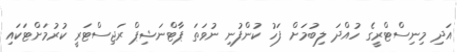
އަދި މިނިސްޓްރީގެ ހުއްދަ ލިބުމަށް ފަހު ކުންފުނި ނުވަތަ ޕާޓްނަޝިޕް ރަޖިސްޓަރީ ކުރުމަށްޓަކައި